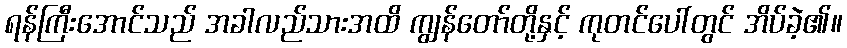
ရန်ကြီးအောင်သည် အခါလည်သားအထိ ကျွန်တော်တို့နှင့် ကုတင်ပေါ်တွင် အိပ်ခဲ့၏။